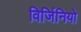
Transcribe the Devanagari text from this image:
विर्जिनियो